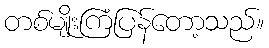
တစ်မျိုးကြံပြန်တော့သည်။